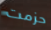
حزمت